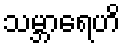
သမ္ဘာရေဟိ